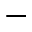
-